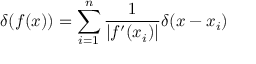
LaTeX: \delta ( f ( x ) ) = \sum _ { i = 1 } ^ { n } \frac { 1 } { | f ^ { \prime } ( x _ { i } ) | } \delta ( x - x _ { i } )